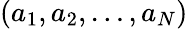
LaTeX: (a_{1},a_{2},\dots,a_{N})